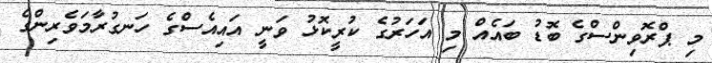
މި ޕްރޮވިންސްގެ ބޮޑު ބައެއް މި އަހަރުގެ ކުރީކޮޅު ވަނީ އައިއެސްގެ ހަނގުރާމަވެރިންގެ